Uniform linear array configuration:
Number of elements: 4
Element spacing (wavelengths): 0.5
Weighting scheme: hamming
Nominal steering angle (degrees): -45
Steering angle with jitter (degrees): -45.583
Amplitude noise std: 0.05
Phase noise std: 0.05

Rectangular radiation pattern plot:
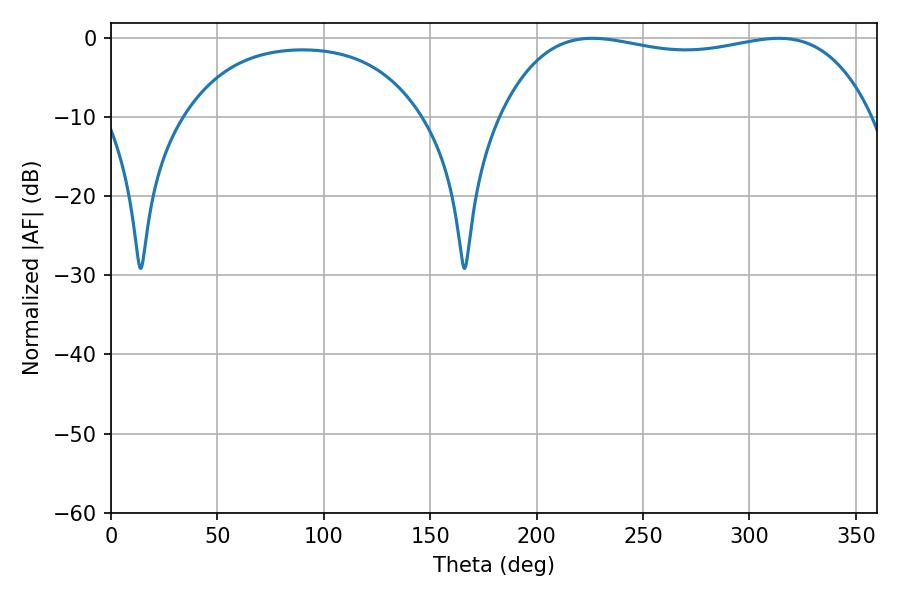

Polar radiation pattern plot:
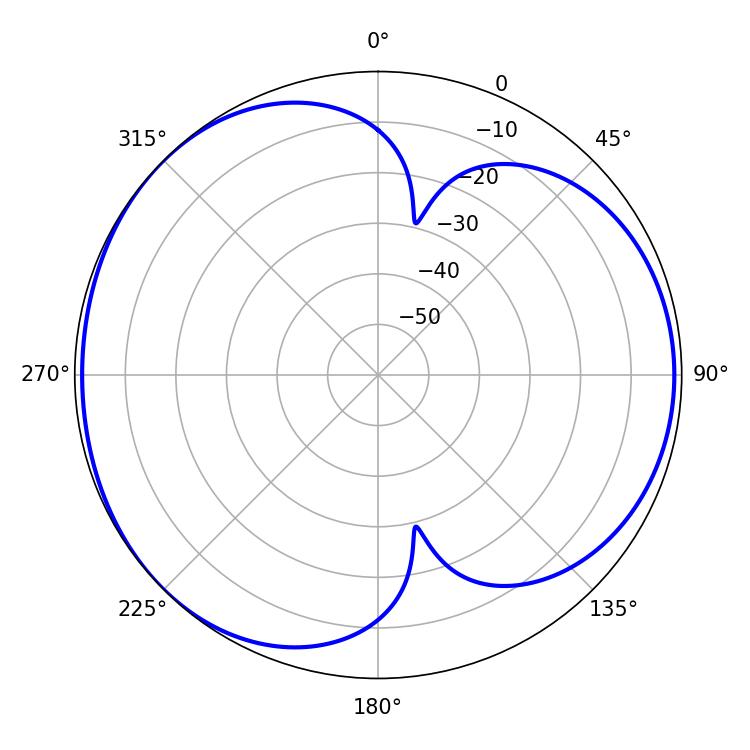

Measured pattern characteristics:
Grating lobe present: FALSE
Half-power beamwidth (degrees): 141.12
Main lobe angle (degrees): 226.26